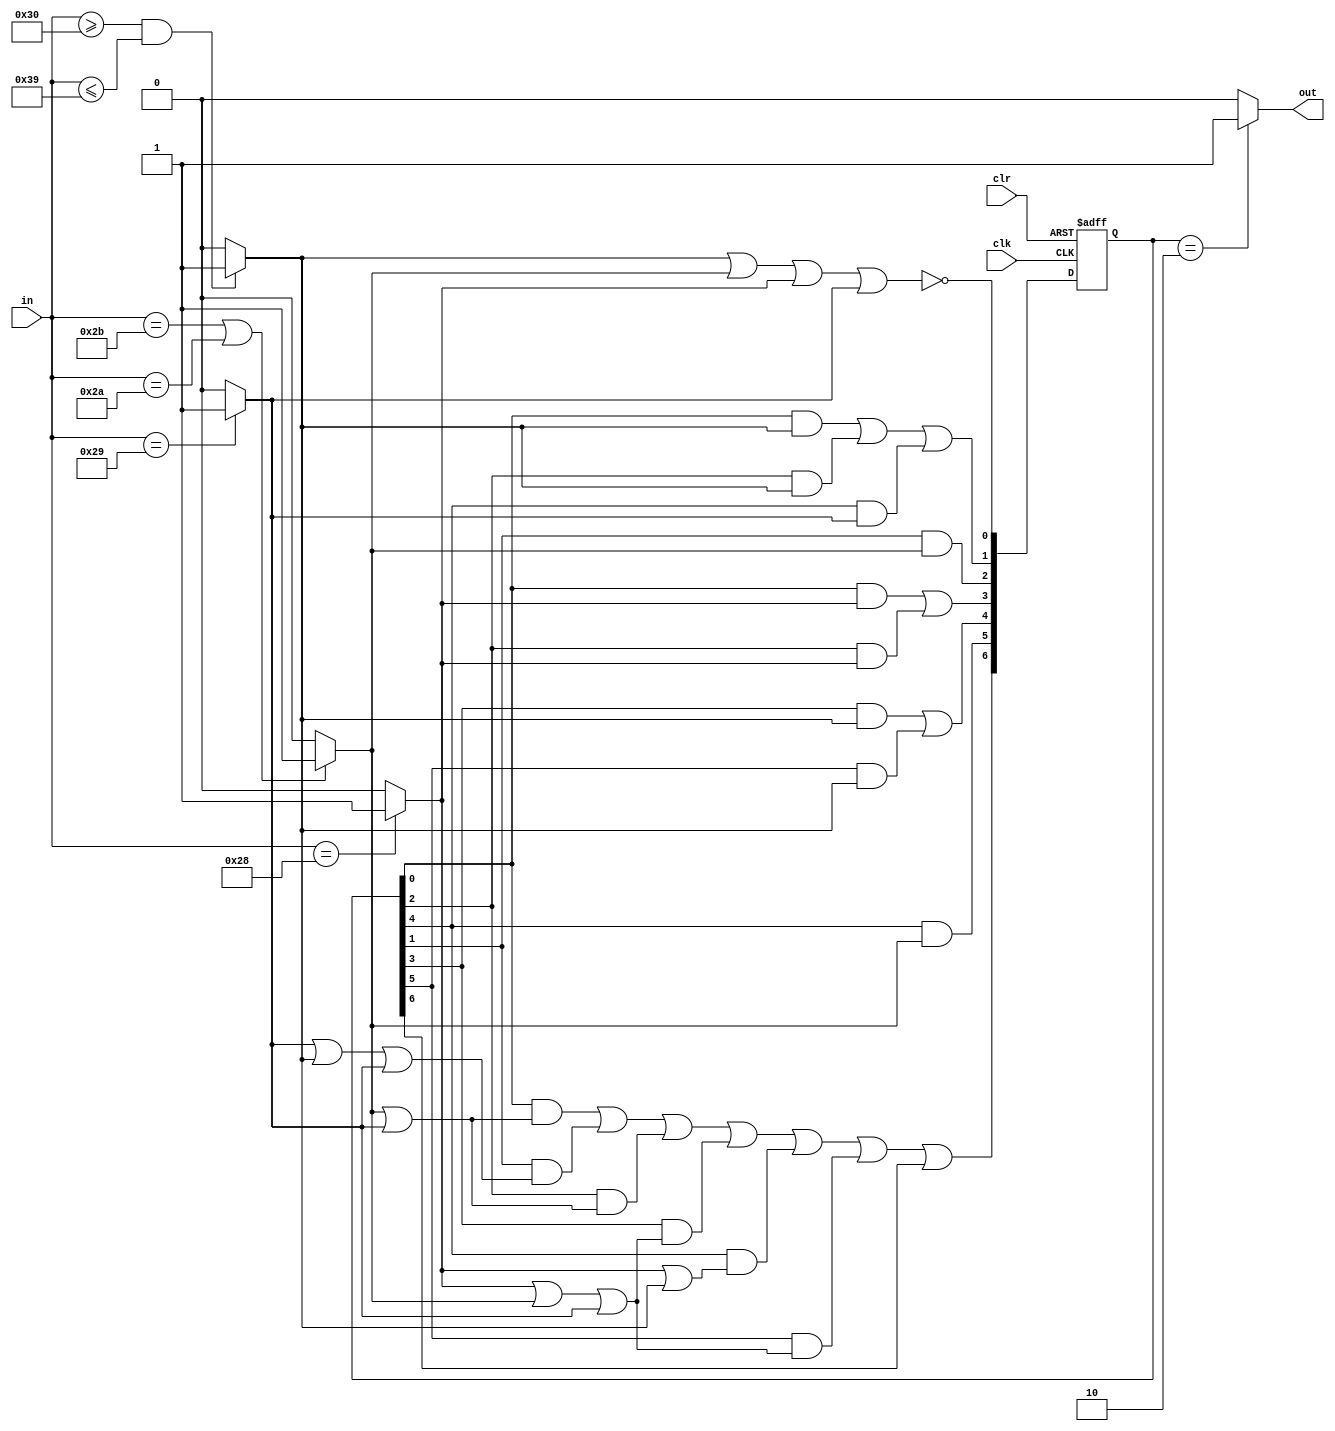
module string2 (
    input clk,
    input clr,
    input [7:0] in,
    output out
);
    wire isdigit, isop, isl, isr;
    assign isdigit = (in >= "0" && in <= "9") ? 1 : 0;
    assign isop = (in == "+" || in == "*") ? 1 : 0;
    assign isl = (in == "(") ? 1 : 0;
    assign isr = (in == ")") ? 1 : 0;

    reg [6:0] s;
    wire [6:0] nexts;    
    assign nexts[0] = ~(isdigit | isop | isl | isr); 
    assign nexts[1] = (s[0] & isdigit) | (s[2] & isdigit) | (s[4] & isr);
    assign nexts[2] = (s[1] & isop);
    assign nexts[3] = (s[0] & isl) | (s[2] & isl);
    assign nexts[4] = (s[3] & isdigit) | (s[5] & isdigit);
    assign nexts[5] = (s[4] & isop);
    assign nexts[6] = (s[0] & (isop | isr)) | (s[1] & (isr | isdigit | isr)) |
                      (s[2] & (isop | isr)) | (s[3] & (isl | isop | isr)) |
                      (s[4] & (isl | isdigit)) | (s[5] & (isl | isop | isr)) | s[6];
                        
    initial begin
       s <= 4'b0001;
    end
    
    always @(posedge clk, posedge clr) begin
        if(clr) begin 
            s <= 4'b0001;
        end 
        else begin 
            s <= nexts;
        end    
    end
    
    assign out = (s == 7'b0000010) ? 1 : 0;
    
endmodule